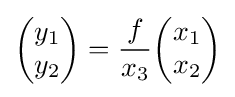
{\begin{pmatrix}y_{1}\\y_{2}\end{pmatrix}}={\frac {f}{x_{3}}}{\begin{pmatrix}x_{1}\\x_{2}\end{pmatrix}}